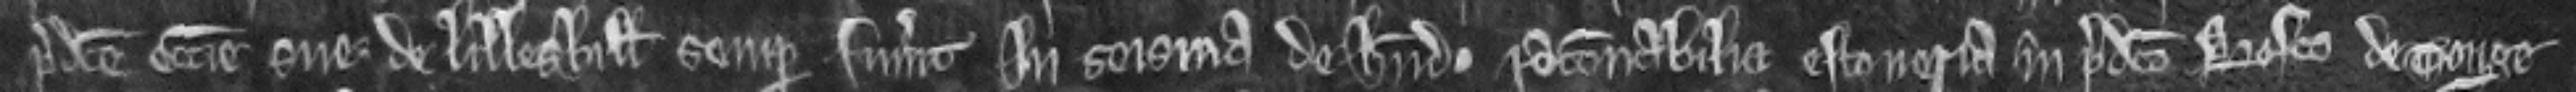
predicte ecclesie sue de Lilleshill semper fuerunt in seisina de habendo racionabilia estoveria in predicto bosco de Tonge